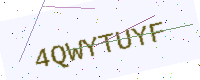
Text: 4QWYTUYF